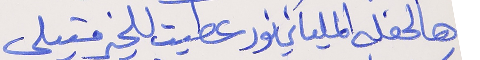
هالحفله الملياني نور عطيت للخير متيلي